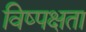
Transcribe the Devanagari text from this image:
विष्पक्षता